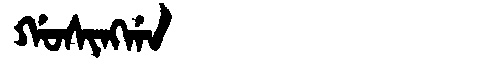
Manchu: ᡤᠣᠰᡳᠩᡤᠠ
Romanization: GOSINGGA